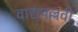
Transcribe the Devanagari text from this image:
वाद्यपल्लवी